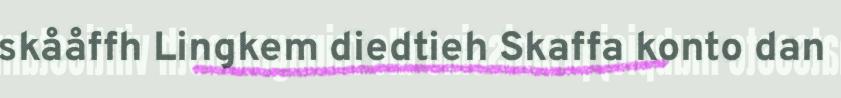
skååffh Lingkem diedtieh Skaffa konto dan